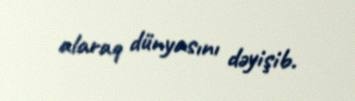
alaraq dünyasını dəyişib.